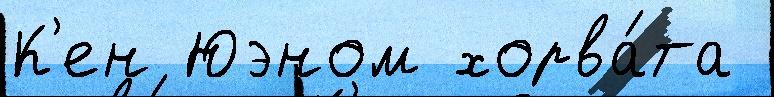
К'ен Юэном хорва́та